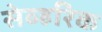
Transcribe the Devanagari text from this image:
सेव्हरिक